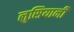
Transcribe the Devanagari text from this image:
लुसियानी